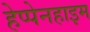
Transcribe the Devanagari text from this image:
हेप्पेनहाइम